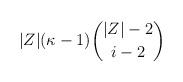
LaTeX: \begin{align*}|Z| (\kappa-1) \binom{|Z|-2}{i-2}\end{align*}